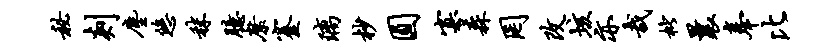
秘剡尘悠秣臆縻蹇璃杪圆寡森罔改垓亦哉枇曩奉比